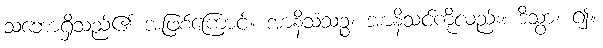
သဘောရှိသည်၏ အဖြစ်ကြောင့်။ အာနိသံသဉ္စ၊ အာနိသင်ကိုလည်း။ ဒိသွာ၊ ၍။